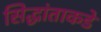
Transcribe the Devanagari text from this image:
सिद्धांताकडे